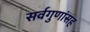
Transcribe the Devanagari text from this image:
सर्वगुणांसह